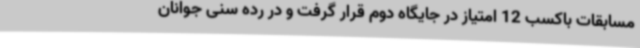
مسابقات باکسب 12 امتیاز در جایگاه دوم قرار گرفت و در رده سنی جوانان